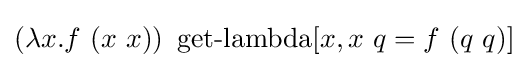
(\lambda x.f\ (x\ x))\ \operatorname {get-lambda} [x,x\ q=f\ (q\ q)]